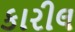
કારીલ